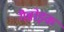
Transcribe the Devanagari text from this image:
गैब्रोइक